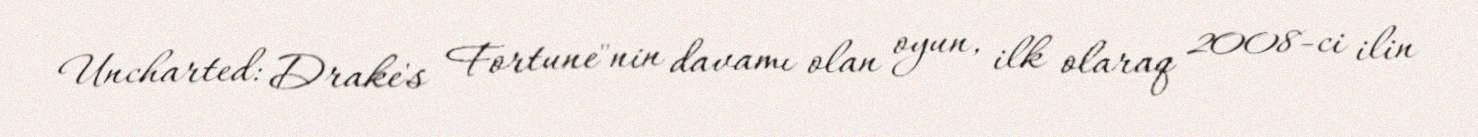
Uncharted: Drake's Fortune"nin davamı olan oyun, ilk olaraq 2008-ci ilin